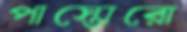
পাস্তোরো